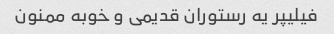
فیلیپر یه رستوران قدیمی و خوبه ممنون